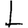
Digit: 1